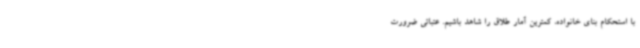
با استحکام بنای خانواده، کمترین آمار طلاق را شاهد باشیم. عتباتی ضرورت